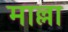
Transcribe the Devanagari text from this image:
माल्ला